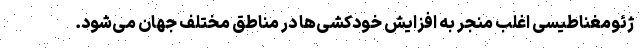
ژئومغناطیسی اغلب منجر به افزایش خودکشی‌ها در مناطق مختلف جهان می‌شود.